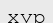
хур